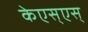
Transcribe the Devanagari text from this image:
केएस्‌एस्‌